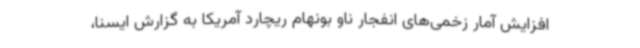
افزایش آمار زخمی‌های انفجار ناو بونهام ریچارد آمریکا به گزارش ایسنا،